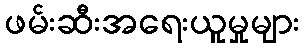
ဖမ်းဆီးအရေးယူမှုများ